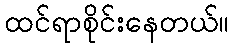
ထင်ရာစိုင်းနေတယ်။